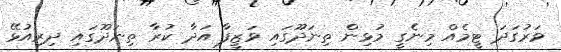
ވަރުގަދަ ޓީމެއް މިނެގީ މުޅިން ތިނަދޫގައި ވަޒީފާ އަދާ ކުރާ ތިނަދޫގައި ދިރިއުޅޭ